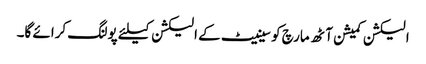
الیکشن کمیشن آٹھ مارچ کو سینیٹ کے الیکشن کیلئے پولنگ کرائے گا۔